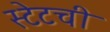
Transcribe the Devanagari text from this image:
स्टेटची